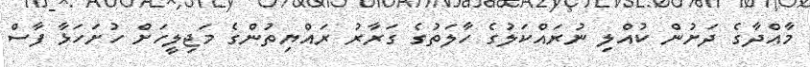
މާއްދާގެ ދަށުން ކުއްލި ނުރައްކަލުގެ ހާލަތުގެ ގަރާރު ރައްޔިތުންގެ މަޖިލީހަށް ހުށަހަޅާ ފާސް